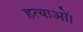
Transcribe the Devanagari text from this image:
हत्याओं।